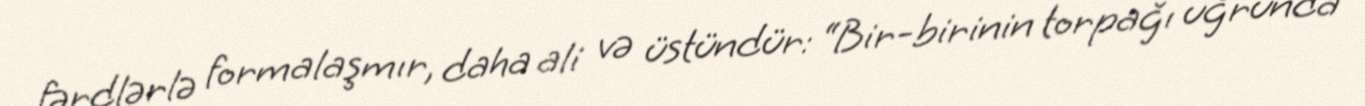
fərdlərlə formalaşmır, daha ali və üstündür: “Bir-birinin torpağı uğrunda